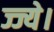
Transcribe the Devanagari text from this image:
ज्ज्ये।